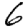
Digit: 6